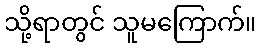
သို့ရာတွင် သူမကြောက်။